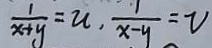
\frac { 1 } { x + y } = u , \frac { 1 } { x - y } = v